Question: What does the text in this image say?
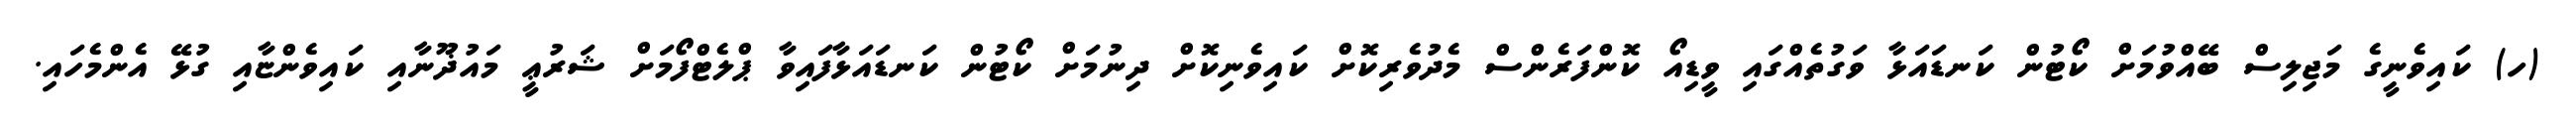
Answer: (ހ) ކައިވެނީގެ މަޖިލިސް ބޭއްވުމަށް ކޯޓުން ކަނޑައަޅާ ވަގުތެއްގައި ވީޑިއޯ ކޮންފަރެންސް މެދުވެރިކޮށް ކައިވެނިކޮށް ދިނުމަށް ކޯޓުން ކަނޑައަޅާފައިވާ ޕްލެޓްފޯމަށް ޝަރުޢީ މައުޛޫނާއި ކައިވެންޏާއި ގުޅޭ އެންމެހައި.